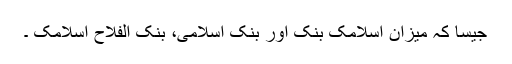
جیسا کہ میزان اسلامک بنک اور بنک اسلامی، بنک الفلاح اسلامک ۔